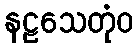
နဠသေတုံဝ